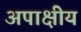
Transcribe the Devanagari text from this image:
अपाक्षीय